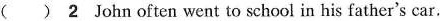
( )2 John often went to school in his father's car.